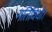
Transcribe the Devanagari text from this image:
गतिविधी।